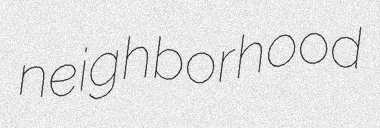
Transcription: neighborhood